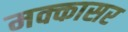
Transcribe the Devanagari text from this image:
मक्कासर